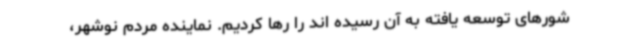
شورهای توسعه یافته به آن رسیده اند را رها کردیم. نماینده مردم نوشهر،